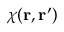
\chi ( { \bf r } , { \bf r ^ { \prime } } )